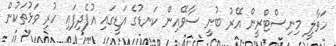
ހަވާލީ މިނިސްޓްރީން އޭރު ބުނީ ސާވޭއިން ކަނޑުގެ އަޑީގައި އުފެދިފައި ހުރި ވަޅުތަކުން